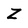
Character: Z